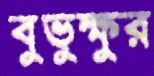
বুভুক্ষুর